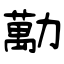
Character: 勱